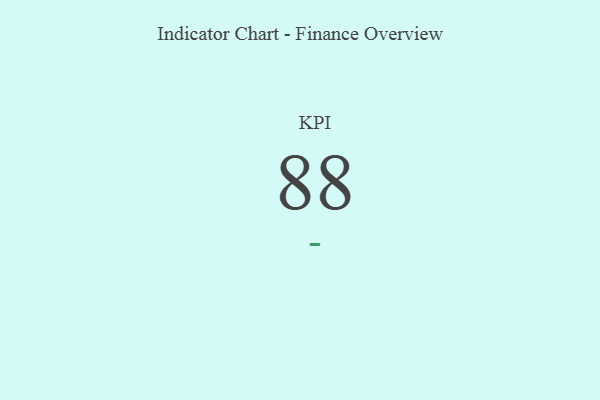
{"axis": {"x": "KPI", "y": "Value"}, "legend": [""], "data": [{"x": "KPI", "y": 88, "type": ""}]}